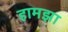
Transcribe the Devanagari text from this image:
हामझा